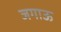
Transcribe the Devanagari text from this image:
जगाऊ